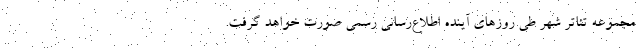
مجموعه تئاتر شهر طی روزهای آینده اطلاع‌رسانی رسمی صورت خواهد گرفت.